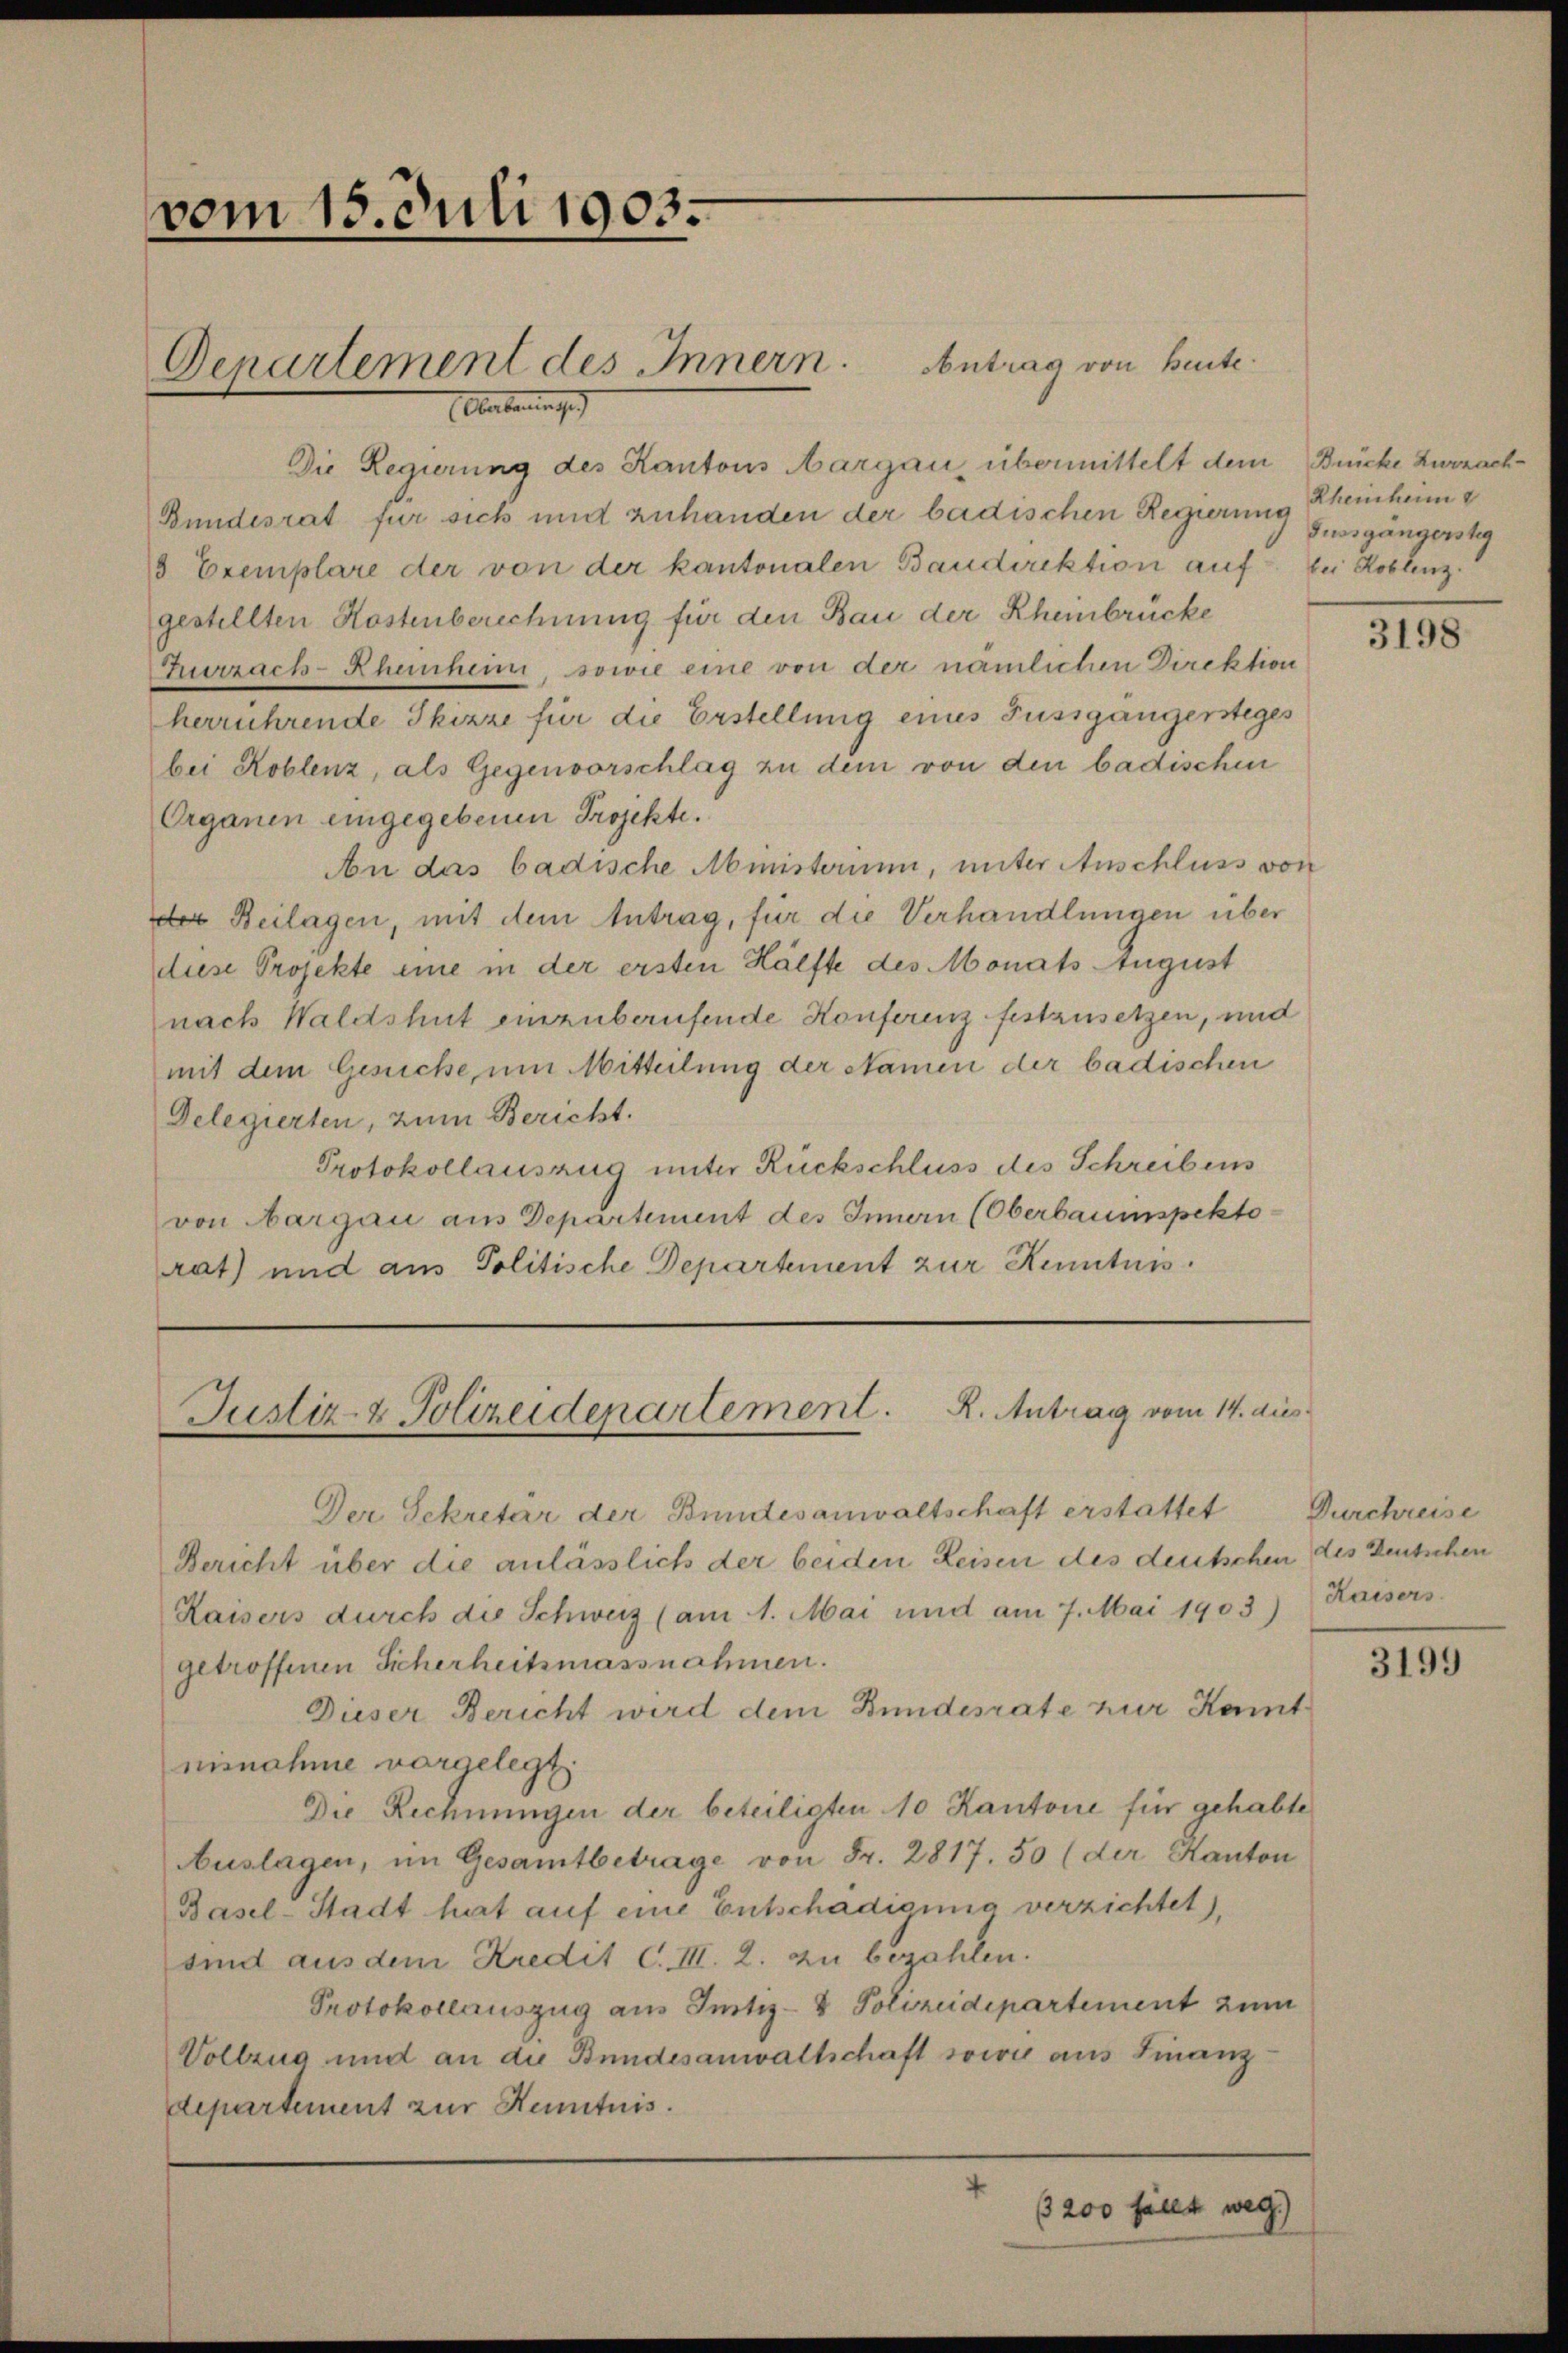
vom 15. Juli 1903.

Denartement des Innern. Antrag von Beuteungen
a

Die Regierung des Kantons Aargau, übermittelt dem Brücke Zurzach¬
Bundesrat für sich und zuhanden der badischen Regierung Rheinheime
8 Exemplare der von der kantonalen Baudirektion auf bei Koblenz.
gestellten Kostenberechnung für den Bau der Rheinbrücke
Zurzach-Rheinheim, sowie eine von der nämlichen Direktion
herrührende Skizze für die Erstellung eines Fussgängersteges
bei Koblenz, als Gegenvorschlag zu dem von den badischen
Organen eingegebenen Projekte.
An das badische Ministerium, unter Anschluss vor
der Beilagen, mit dem Antrag, für die Verhandlungen über
diese Projekte eine in der ersten Hälfte des Monats August
nach Waldshut einzuberufende Konferenz festzusetzen, und
mit dem Gesuche um Mitteilung der Namen der badischen
Delegierten, zum Bericht.
Protokollauszug unter Rückschluss des Schreibens
von Aargau aus Departement des Innern (Oberbauinspekto
rat) und aus Politische Departement zur Kenntnis.

Justiz- & Polizeidenartement. R. Antrag vom 14. dies

Der Sekretar der Bundesanwaltschaft erstattet
Bericht über die anlässlich der beiden Reisen des deutschen
Kaisers durch die Schweiz (am 1. Mai und am 7. Mai 1903)
getroffenen Sicherheitsmassnahmen.
Dieser Bericht wird dem Bundesrate zur Kant
nisnahme vorgelegt.
Die Rechnungen der beteiligten 10 Kantone für gehabte
Auslagen, im Gesamtbetrage von Fr. 2817. 50 (der Kanton
Basel-Stadt hat auf eine Entschädigung verzichtet),
sind aus dem Kredit C. III. 2. zu bezahlen.
Protokollauszug aus Justiz- & Polizeidepartement zum
Vollzug und an die Bundesanwaltschaft sowie aus Finanzdepartement zur Kenntnis.
3200 fällt weg

Gussgängerstig

3198

Durchreise
des Deutschen
Kaisers.

3199